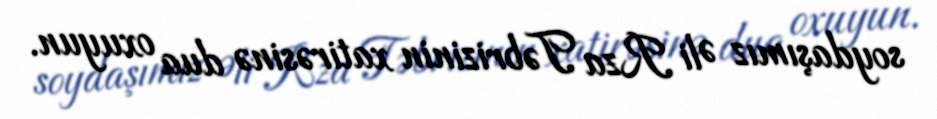
soydaşımız Əli Rza Təbrizinin xatirəsinə dua oxuyun.